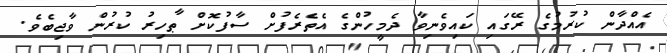
އެއްދާން ކުރުމުގެ ރޭގައި ކައިވެނިވާ ދެމީހުންގެ އެތެރެފުށް ސާފުކޮށް ޠާހިރު ކުރުން ވާޖިބެވެ.